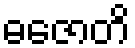
ဓဇောတိ